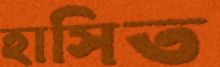
হাসিত